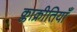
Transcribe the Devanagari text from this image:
क्लाक्रीतियाँ